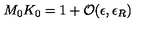
M _ { 0 } K _ { 0 } = 1 + { \cal O } ( \epsilon , \epsilon _ { R } )